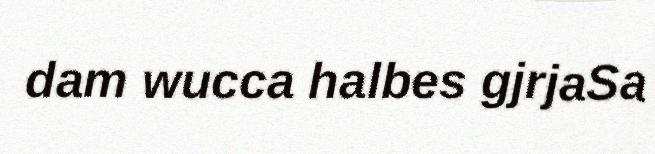
dam wucca halbes gjrjaSa